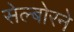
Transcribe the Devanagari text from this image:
सेल्बोरने